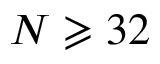
N \geqslant 3 2